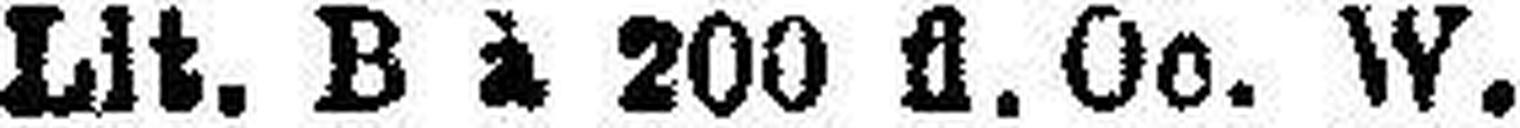
„ Lit. B i 200 fl. Oe. W.